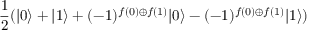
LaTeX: { \frac { 1 } { 2 } } ( | 0 \rangle + | 1 \rangle + ( - 1 ) ^ { f ( 0 ) \oplus f ( 1 ) } | 0 \rangle - ( - 1 ) ^ { f ( 0 ) \oplus f ( 1 ) } | 1 \rangle )